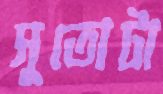
সুতোটা